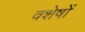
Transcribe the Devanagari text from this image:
वशेषों